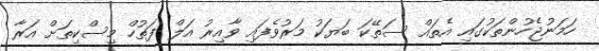
ހަމަނުޖެހުންތަކުގައި އެތައް ސަތޭކަ ބަޔަކު މަރުވެފައި ވާއިރު އަލް ފަތުހް މިސްކިތަށް އަރާ